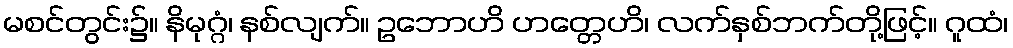
မစင်တွင်း၌။ နိမုဂ္ဂံ၊ နစ်လျက်။ ဥဘောဟိ ဟတ္တေဟိ၊ လက်နှစ်ဘက်တို့ဖြင့်။ ဂူထံ၊